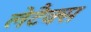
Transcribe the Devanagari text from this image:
लेटैक्स